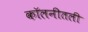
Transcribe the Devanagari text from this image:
कॉलनीतली